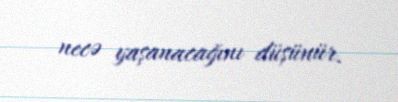
necə yaşanacağını düşünür.